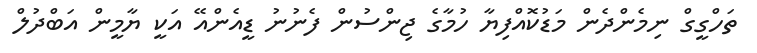
ތަހްގީގް ނިމެންދެން މަޑުކޮއްފިޔާ ހުމާގެ ޖިންސުން ފެނުނު ޑީއެންއޭ އަކީ ޔާމީން އަބްދުލް